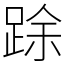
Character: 䟻